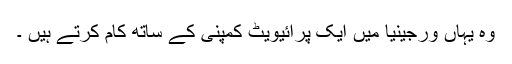
وہ یہاں ورجینیا میں ایک پرائیویٹ کمپنی کے ساتھ کام کرتے ہیں ۔